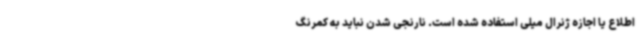
اطلاع یا اجازه ژنرال میلی استفاده شده است. نارنجی شدن نباید به کمرنگ